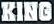
KING